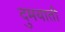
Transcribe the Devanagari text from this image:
दुमयाती